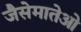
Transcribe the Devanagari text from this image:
जैसेमातेओ